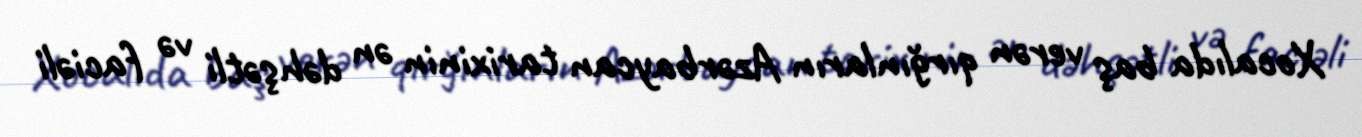
Xocalıda baş verən qırğınların Azərbaycan tarixinin ən dəhşətli və faciəli